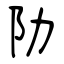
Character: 阞